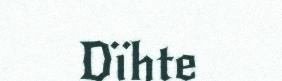
Dïhte